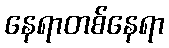
နေရာတစ်နေရာ